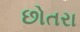
છોતરા